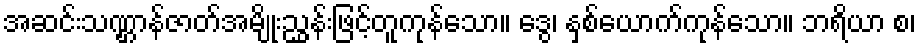
အဆင်းသဏ္ဌာန်ဇာတ်အမျိုးညွှန်းဖြင့်တူကုန်သော။ ဒွေ၊ နှစ်ယောက်ကုန်သော။ ဘရိယာ စ၊